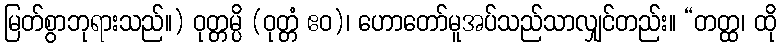
မြတ်စွာဘုရားသည်။) ဝုတ္တမ္ပိ (ဝုတ္တံ ဧဝ)၊ ဟောတော်မူအပ်သည်သာလျှင်တည်း။ “တတ္ထ၊ ထို